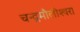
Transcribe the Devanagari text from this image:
चन्‍द्रमौलीश्‍वरा